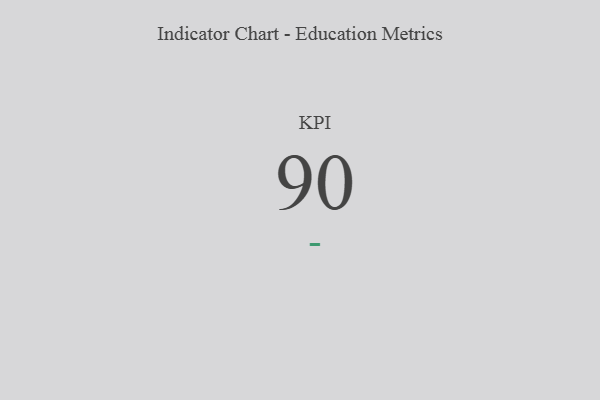
{"axis": {"x": "KPI", "y": "Value"}, "legend": [""], "data": [{"x": "KPI", "y": 90, "type": ""}]}